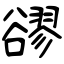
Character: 豂